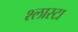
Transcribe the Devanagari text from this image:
श्लास्टा